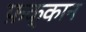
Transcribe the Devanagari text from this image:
फ़क्कान